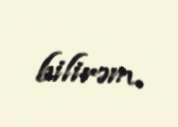
bilirəm.